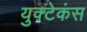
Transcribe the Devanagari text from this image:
युक्टेकंस